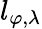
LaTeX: l_{\varphi,\lambda}